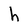
Character: h